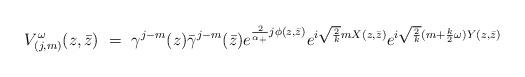
LaTeX: \begin{align*}V^\omega_{(j,m)}(z,\bar z) ~ = ~ \gamma ^{j-m}(z)\bar \gamma ^{j-m}(\bar z)e^{\frac 2{\alpha_{+}}j\phi (z,\bar z)} e^{i\sqrt{2\over k}m X(z,\bar z)}e^{i\sqrt{2\over k}(m+ {k \over 2}\omega) Y(z,\bar z)} \end{align*}